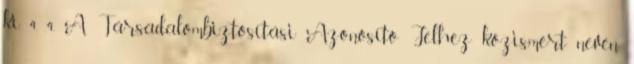
ki. 4. 4. A Társadalombiztosítási Azonosító Jelhez közismert nevén